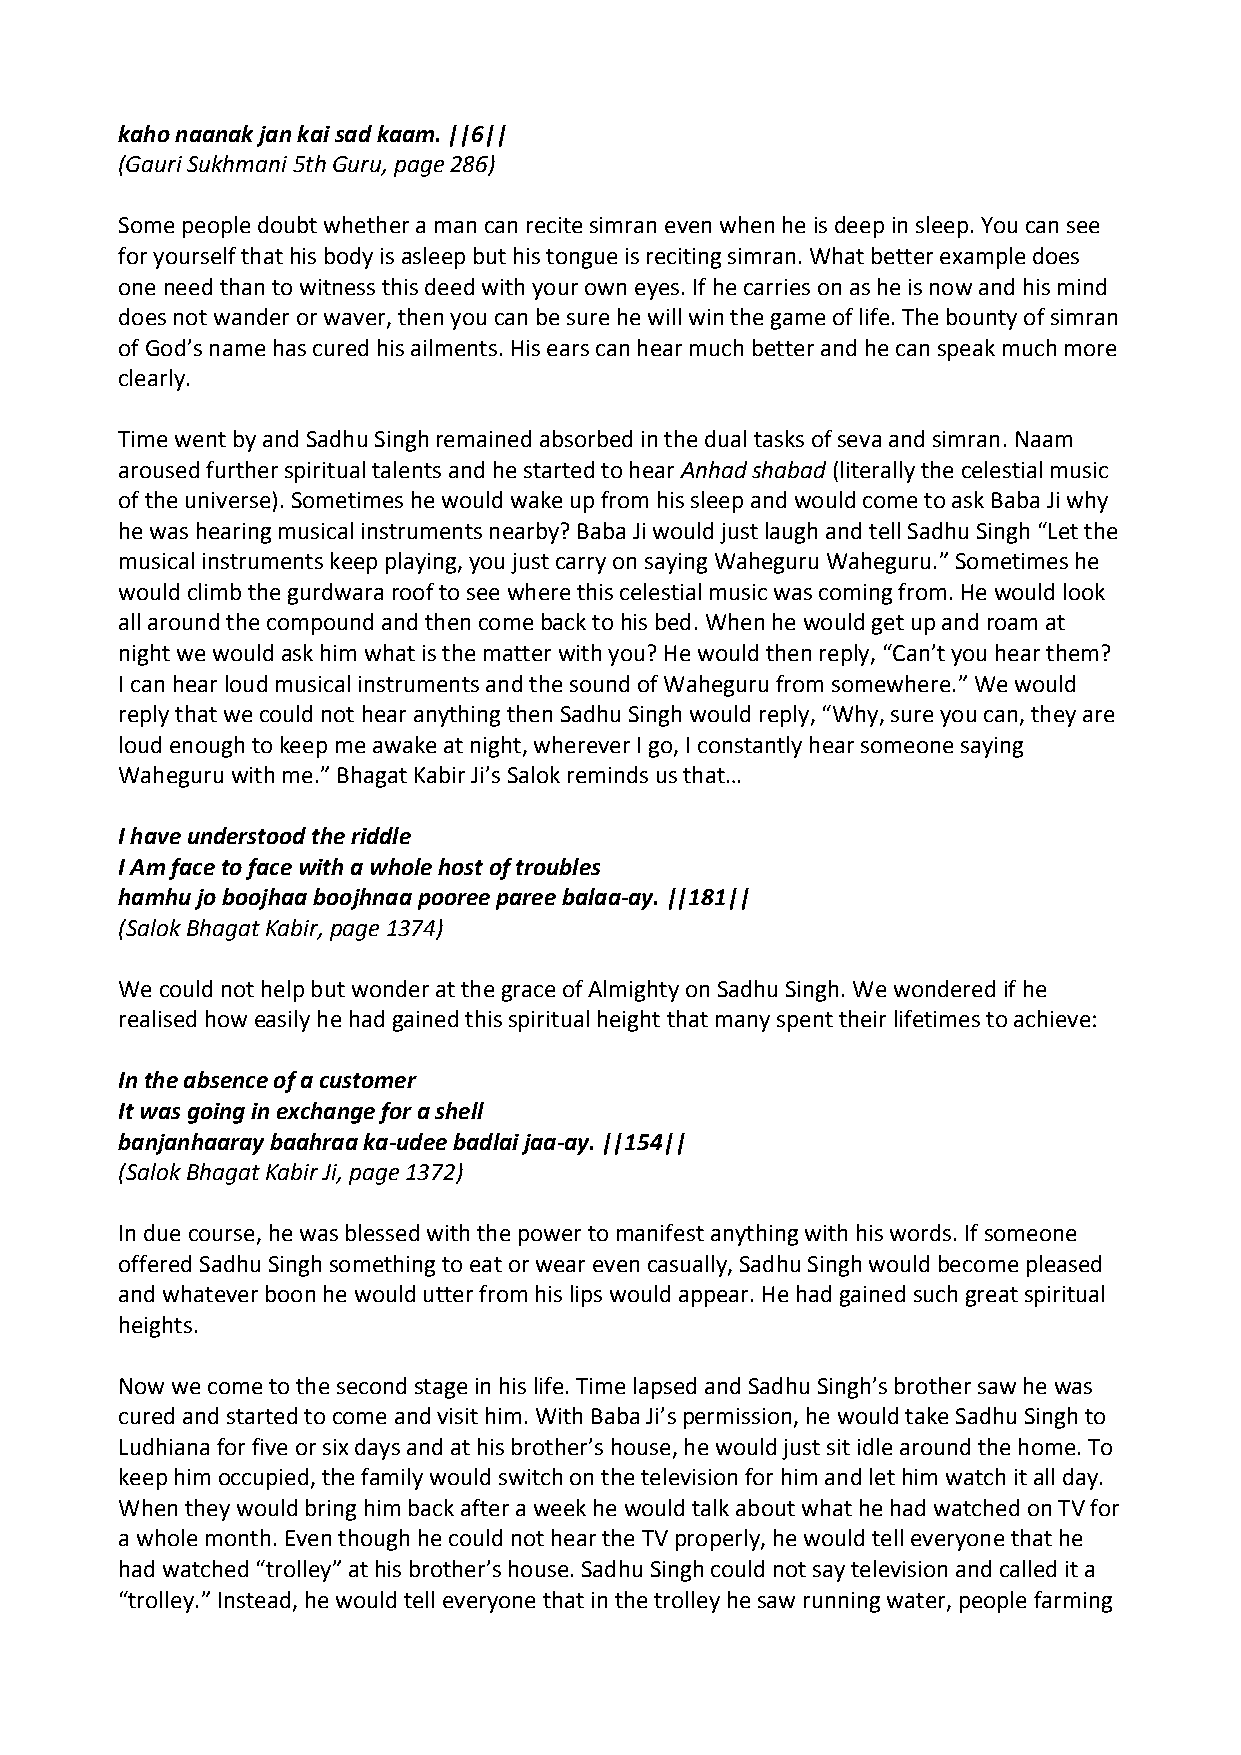
kaho naanak jan kai sad kaam. ||6||
 (Gauri Sukhmani 5th Guru, page 286)
 Some people doubt whether a man can recite simran even when he is deep in sleep. You can see
 for yourself that his body is asleep but his tongue is reciting simran. What better example does
 one need than to witness this deed with your own eyes. If he carries on as he is now and his mind
 does not wander or waver, then you can be sure he will win the game of life. The bounty of simran
 of God’s name has cured his ailments. His ears can hear much better and he can speak much more
 clearly.
 Time went by and Sadhu Singh remained absorbed in the dual tasks of seva and simran. Naam
 aroused further spiritual talents and he started to hear Anhad shabad (literally the celestial music
 of the universe). Sometimes he would wake up from his sleep and would come to ask Baba Ji why
 he was hearing musical instruments nearby? Baba Ji would just laugh and tell Sadhu Singh “Let the
 musical instruments keep playing, you just carry on saying Waheguru Waheguru.” Sometimes he
 would climb the gurdwara roof to see where this celestial music was coming from. He would look
 all around the compound and then come back to his bed. When he would get up and roam at
 night we would ask him what is the matter with you? He would then reply, “Can’t you hear them?
 I can hear loud musical instruments and the sound of Waheguru from somewhere.” We would
 reply that we could not hear anything then Sadhu Singh would reply, “Why, sure you can, they are
 loud enough to keep me awake at night, wherever I go, I constantly hear someone saying
 Waheguru with me.” Bhagat Kabir Ji’s Salok reminds us that…
 I have understood the riddle
 I Am face to face with a whole host of troubles
 hamhu jo boojhaa boojhnaa pooree paree balaa‐ay. ||181||
 (Salok Bhagat Kabir, page 1374)
 We could not help but wonder at the grace of Almighty on Sadhu Singh. We wondered if he
 realised how easily he had gained this spiritual height that many spent their lifetimes to achieve:
 In the absence of a customer
 It was going in exchange for a shell
 banjanhaaray baahraa ka‐udee badlai jaa‐ay. ||154||
 (Salok Bhagat Kabir Ji, page 1372)
 In due course, he was blessed with the power to manifest anything with his words. If someone
 offered Sadhu Singh something to eat or wear even casually, Sadhu Singh would become pleased
 and whatever boon he would utter from his lips would appear. He had gained such great spiritual
 heights.
 Now we come to the second stage in his life. Time lapsed and Sadhu Singh’s brother saw he was
 cured and started to come and visit him. With Baba Ji’s permission, he would take Sadhu Singh to
 Ludhiana for five or six days and at his brother’s house, he would just sit idle around the home. To
 keep him occupied, the family would switch on the television for him and let him watch it all day.
 When they would bring him back after a week he would talk about what he had watched on TV for
 a whole month. Even though he could not hear the TV properly, he would tell everyone that he
 had watched “trolley” at his brother’s house. Sadhu Singh could not say television and called it a
 “trolley.” Instead, he would tell everyone that in the trolley he saw running water, people farming